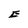
Character: E